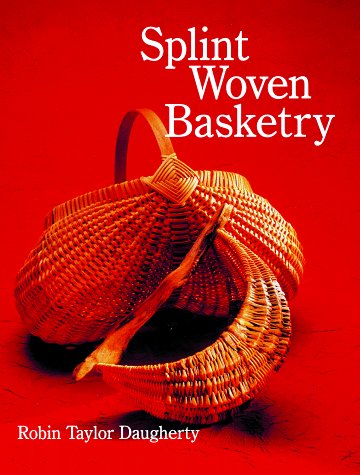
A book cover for Splint Woven Basketry; Robin Daugherty; Crafts, Hobbies & Home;